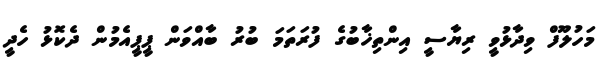
މަހުލޫފް ވިދާޅުވީ ރިޔާސީ އިންތިޚާބުގެ ފުރަތަމަ ބުރު ބާއްވަން ޕީޕީއެމުން ދެކޮޅު ހެދީ